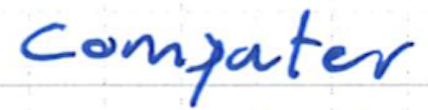
Text: computer
Cross-out: clean
Writing tool: ballpoint